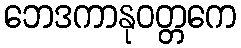
ဘေဒကာနုဝတ္တကေ